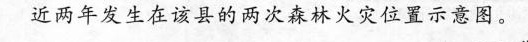
为近两年发生在该县的两次森林火灾位置示意图。